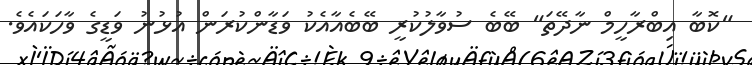
"ކޮބާ އިބްރާހީމް ނާދޭތަ" ބޭބެ ސުވާލުކުރީ ބޭބެއާއެކު ވަޑާންކުރަން އުޅުނު ވަޑީގެ ވާހަކައެވެ.